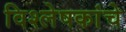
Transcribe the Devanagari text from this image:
विश्लेषकांचे